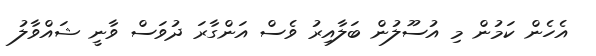
އެހެން ކަމުން މި އުސޫލުން ބަލާއިރު ވެސް އަންގާރަ ދުވަސް ވާނީ ޝައްވާލު